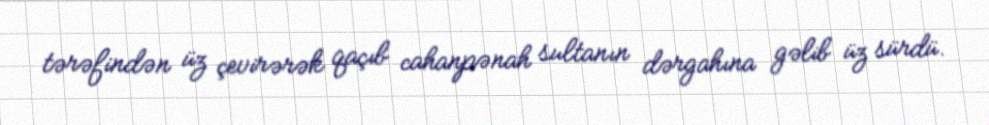
tərəfindən üz çevirərək qaçıb cahanpənah sultanın dərgahına gəlib üz sürdü.